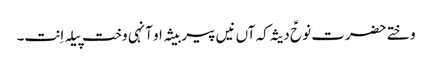
وختے حضرت نوحؑ دیثہ کہ آں نیں پیر بیثہ او آنہی وخت پیلہ اِنت۔